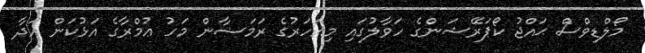
މޯލްޑިވްސް ޙައްޖު ކޯޕަރޭޝަންގެ ހަވާލުގައި މިއަހަރުގެ ރަމަޟާން މަހު ޢުމްރާގެ އަޅުކަން އަދާ